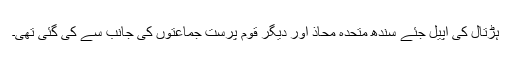
ہڑتال کی اپیل جئے سندھ متحدہ محاذ اور دیگر قوم پرست جماعتوں کی جانب سے کی گئی تھی۔